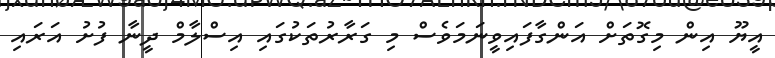
އީޔޫ އިން މިގޮތަށް އަންގާފައިވީނަމަވެސް މި ގަރާރުތަކުގައި އިސްލާމް ދީނާ ފުށު އަރައި